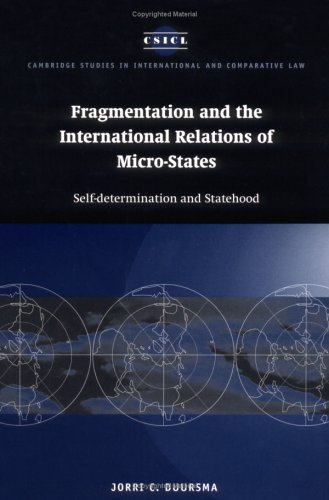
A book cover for Fragmentation and the International Relations of Micro-states: Self-determination and Statehood (Cambridge Studies in International and Comparative Law); Jorri C. Duursma; Law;